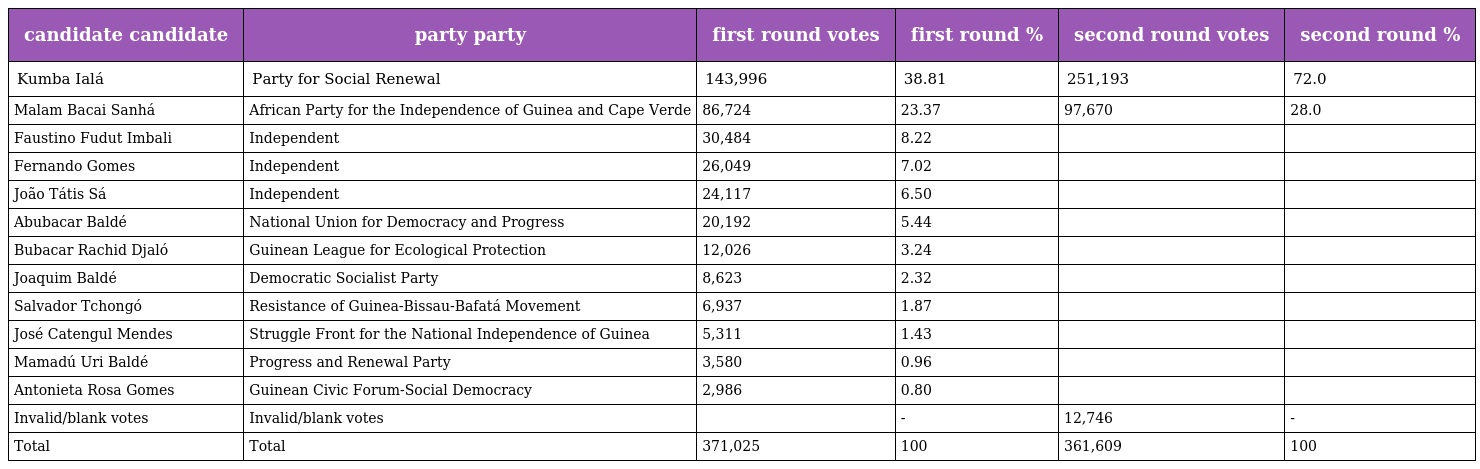
| candidate candidate | party party | first round votes | first round % | second round votes | second round % |
 | --- | --- | --- | --- | --- | --- |
 | Kumba Ialá | Party for Social Renewal | 143,996 | 38.81 | 251,193 | 72.0 |
 | Malam Bacai Sanhá | African Party for the Independence of Guinea and Cape Verde | 86,724 | 23.37 | 97,670 | 28.0 |
 | Faustino Fudut Imbali | Independent | 30,484 | 8.22 |  |  |
 | Fernando Gomes | Independent | 26,049 | 7.02 |  |  |
 | João Tátis Sá | Independent | 24,117 | 6.50 |  |  |
 | Abubacar Baldé | National Union for Democracy and Progress | 20,192 | 5.44 |  |  |
 | Bubacar Rachid Djaló | Guinean League for Ecological Protection | 12,026 | 3.24 |  |  |
 | Joaquim Baldé | Democratic Socialist Party | 8,623 | 2.32 |  |  |
 | Salvador Tchongó | Resistance of Guinea-Bissau-Bafatá Movement | 6,937 | 1.87 |  |  |
 | José Catengul Mendes | Struggle Front for the National Independence of Guinea | 5,311 | 1.43 |  |  |
 | Mamadú Uri Baldé | Progress and Renewal Party | 3,580 | 0.96 |  |  |
 | Antonieta Rosa Gomes | Guinean Civic Forum-Social Democracy | 2,986 | 0.80 |  |  |
 | Invalid/blank votes | Invalid/blank votes |  | - | 12,746 | - |
 | Total | Total | 371,025 | 100 | 361,609 | 100 |